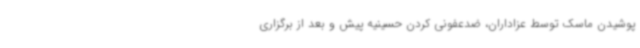
پوشیدن ماسک توسط عزاداران، ضدعفونی کردن حسینیه پیش و بعد از برگزاری